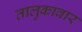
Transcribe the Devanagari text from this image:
तालुकावार